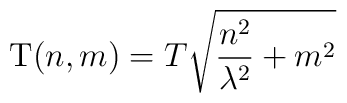
{\rm T}(n,m)=T \sqrt{\frac{n^2}{\lambda^2}+m^2}